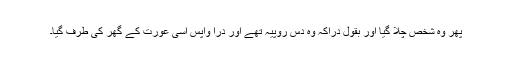
پھر وہ شخص چلا گیا اور بقول دراؔکہ وہ دس روپیہ تھے اور دراؔ واپس اسی عورت کے گھر کی طرف گیا۔